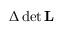
\Delta \operatorname* { d e t } \mathbf { L }